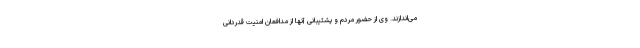
می‌اندازند. وی از حضور مردم و پشتیبانی آنها از مدافعان امنیت قدردانی